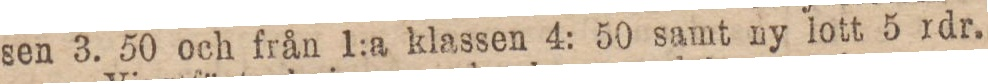
sen 3. 50 och från 1:a klassen 4: 50 samt ny lott 5 rdr.